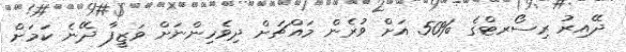
ދޭއިރު ރިސޯރޓްގެ %50 އަށް ވުރެން މައްޗަށް ދިވެހިންނަށް ވަޒީފާ ދޭނެ ކަމަށް